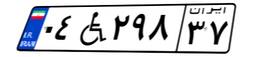
۰۹W۷۲۰۳۸